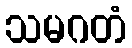
သမဂတံ